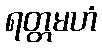
ရတ္တမဟံ